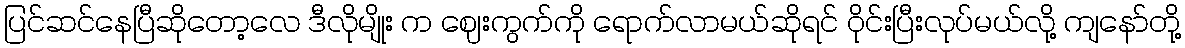
ပြင်ဆင်နေပြီဆိုတော့လေ ဒီလိုမျိုး က ဈေးကွက်ကို ရောက်လာမယ်ဆိုရင် ဝိုင်းပြီးလုပ်မယ်လို့ ကျနော်တို့